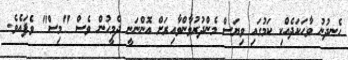
ހެނދުނު ވާހަކަދެއްކި ކަމުގައި ވިޔަސް މެންދުރުވާންވާއިރަށް އޮންނަނީ ދެމީހުން ވެސް "މިސް" ވެފައެވެ.